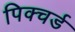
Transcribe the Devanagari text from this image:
पिक्चर्ड